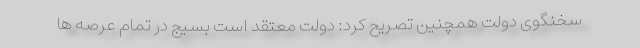
سخنگوی دولت همچنین تصریح کرد: دولت معتقد است بسیج در تمام عرصه ها